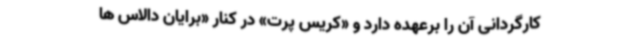
کارگردانی آن را برعهده دارد و «کریس پرت» در کنار «برایان دالاس ها